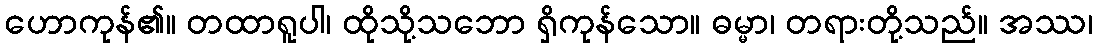
ဟောကုန်၏။ တထာရူပါ၊ ထိုသို့သဘော ရှိကုန်သော။ ဓမ္မာ၊ တရားတို့သည်။ အဿ၊